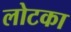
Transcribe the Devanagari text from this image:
लोटका